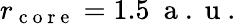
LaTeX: r_{\mathrm{~c~o~r~e~}}=1.5\ \mathrm{~a~.~u~.~}